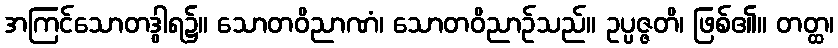
အကြင်သောတဒွါရ၌။ သောတဝိညာဏံ၊ သောတဝိညာဉ်သည်။ ဥပ္ပဇ္ဇတိ၊ ဖြစ်၏။ တတ္ထ၊